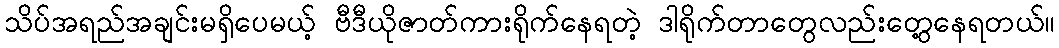
သိပ်အရည်အချင်းမရှိပေမယ့် ဗီဒီယိုဇာတ်ကားရိုက်နေရတဲ့ ဒါရိုက်တာတွေလည်းတွေ့နေရတယ်။